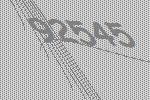
92545